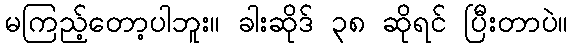
မကြည့်တော့ပါဘူး။ ခါးဆိုဒ် ၃၈ ဆိုရင် ပြီးတာပဲ။